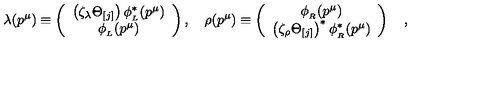
\lambda ( p ^ { \mu } ) \equiv \left( \begin{array} { c } { \left( \zeta _ { \lambda } \Theta _ { [ j ] } \right) \phi _ { _ L } ^ { \ast } ( p ^ { \mu } ) } \\ { \phi _ { _ L } ( p ^ { \mu } ) } \\ \end{array} \right) , \quad \rho ( p ^ { \mu } ) \equiv \left( \begin{array} { c } { \phi _ { _ R } ( p ^ { \mu } ) } \\ { \left( \zeta _ { \rho } \Theta _ { [ j ] } \right) ^ { \ast } \phi _ { _ R } ^ { \ast } ( p ^ { \mu } ) } \\ \end{array} \right) \quad ,